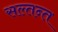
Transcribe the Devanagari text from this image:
सल्तन्त